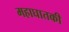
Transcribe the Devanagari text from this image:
महाघातकी